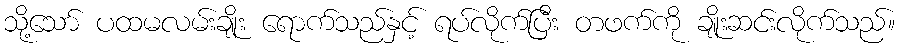
သို့သော် ပထမလမ်းချိုး ရောက်သည်နှင့် ရပ်လိုက်ပြီး တဖက်ကို ချိုးဆင်းလိုက်သည်။